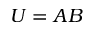
U = A B